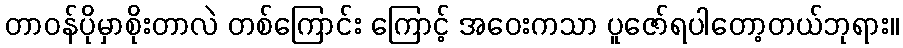
တာဝန်ပိုမှာစိုးတာလဲ တစ်ကြောင်း ကြောင့် အဝေးကသာ ပူဇော်ရပါတော့တယ်ဘုရား။